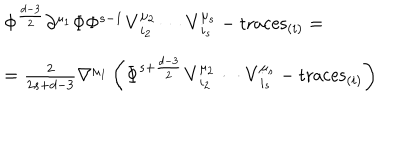
LaTeX: \begin{array} { l } { { \Phi ^ { \frac { d - 3 } { 2 } } \partial ^ { \mu _ { 1 } } \Phi \Phi ^ { s - 1 } { \bf V } _ { i _ { 2 } } ^ { \mu _ { 2 } } \cdots { \bf V } _ { i _ { s } } ^ { \mu _ { s } } - \mathrm { t r a c e s } _ { ( i ) } = } } \\ { { = { \frac { 2 } { 2 s + d - 3 } } \nabla ^ { \mu _ { 1 } } \left( \Phi ^ { s + { \frac { d - 3 } { 2 } } } { \bf V } _ { i _ { 2 } } ^ { \mu _ { 2 } } \cdots { \bf V } _ { i _ { s } } ^ { \mu _ { s } } - \mathrm { t r a c e s } _ { ( i ) } \right) } } \\ \end{array}